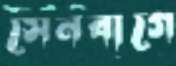
সেনবাগে